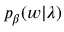
p _ { \beta } ( w | \lambda )